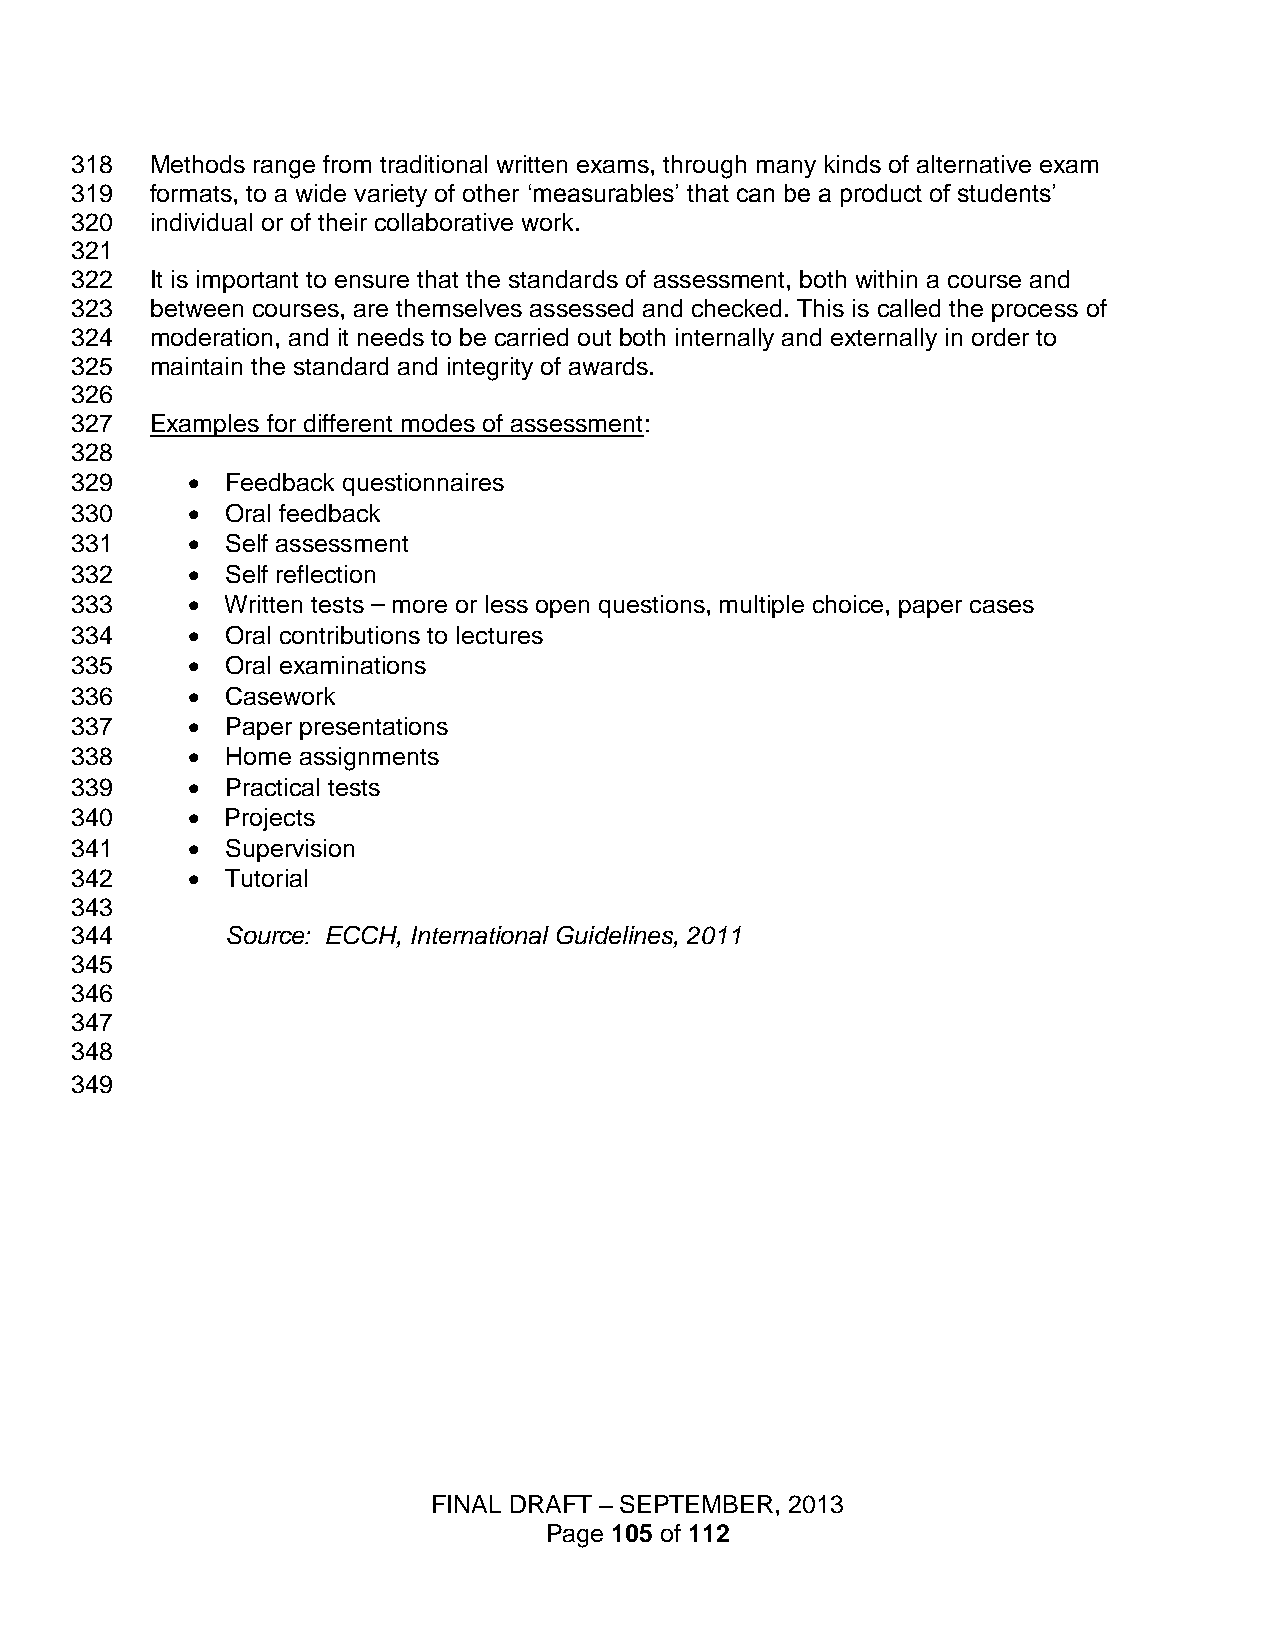
318  Methods range from traditional written exams, through many kinds of alternative exam
 319  formats, to a wide variety of other ‘measurables’ that can be a product of students’
 320  individual or of their collaborative work.
 321
 322  It is important to ensure that the standards of assessment, both within a course and
 323  between courses, are themselves assessed and checked. This is called the process of
 324  moderation, and it needs to be carried out both internally and externally in order to
 325  maintain the standard and integrity of awards.
 326
 327  Examples for different modes of assessment:
 328
 329      Feedback questionnaires
 330      Oral feedback
 331      Self assessment
 332      Self reflection
 333      Written tests – more or less open questions, multiple choice, paper cases
 334      Oral contributions to lectures
 335      Oral examinations
 336      Casework
 337      Paper presentations
 338      Home assignments
 339      Practical tests
 340      Projects
 341      Supervision
 342      Tutorial
 343
 344       Source: ECCH, International Guidelines, 2011
 345
 346
 347
 348
 349
 FINAL DRAFT – SEPTEMBER, 2013
 Page 105 of 112